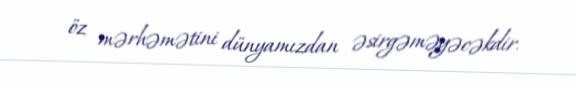
öz mərhəmətini dünyamızdan əsirgəməyəcəkdir.